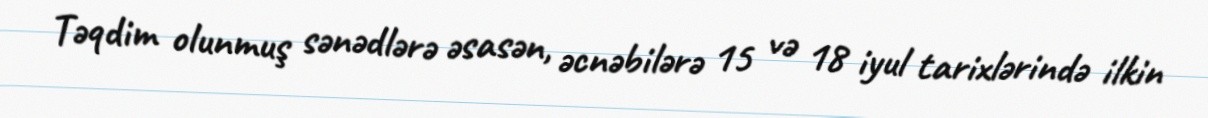
Təqdim olunmuş sənədlərə əsasən, əcnəbilərə 15 və 18 iyul tarixlərində ilkin